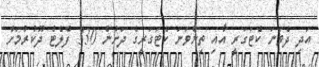
އަދި ދެވަނަ ކެޓަގަރީ އާއި ތިންވަނަ ކެޓަގަރީގެ ދަށުން 330 ފްލެޓް ދޫކުރުމަށް